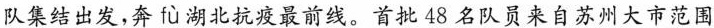
队集结出发，奔 fù 湖北抗疫最前线。首批48名队员来自苏州大市范围